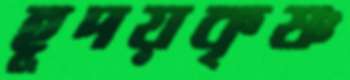
হূদয়কৃষ্ণ